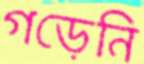
গড়েনি